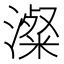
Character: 澯